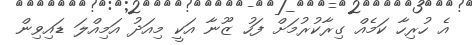
އެ ހުރިހާ ކަމެއް ގިރާކުރުމަށް ފަހު ޒޫނާ އަކީ މިއަދު އަމިއްލަ ޑައިވިން